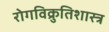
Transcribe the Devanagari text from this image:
रोगविक्रुतिशास्त्र